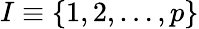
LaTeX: I\equiv\{ 1,2,\dots,p\}